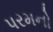
પરમનો